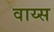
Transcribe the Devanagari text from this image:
वाय्स